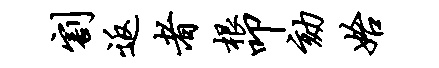
割返者根叩劾始